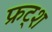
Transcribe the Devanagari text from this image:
फ्रट्श